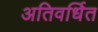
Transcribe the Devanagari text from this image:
अतिवर्धित